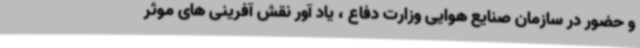
و حضور در سازمان صنایع هوایی وزارت دفاع ، یاد آور نقش آفرینی های موثر